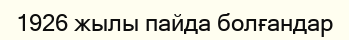
1926 жылы пайда болғандар